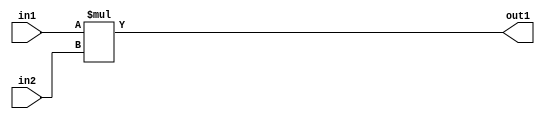
`timescale 1ps / 1ps
/*****************************************************************************
    Verilog RTL Description
    
    
    Created by: Stratus DpOpt 21.05.01 
*******************************************************************************/

module Filter_Mul_2Ux2U_4U_1 (
	in2,
	in1,
	out1
	); /* architecture "behavioural" */ 
input [1:0] in2,
	in1;
output [3:0] out1;
wire [3:0] asc001;

assign asc001 = 
	+(in1 * in2);

assign out1 = asc001;
endmodule

/* CADENCE  urjwQwg= : u9/ySxbfrwZIxEzHVQQV8Q== ** DO NOT EDIT THIS LINE ******/